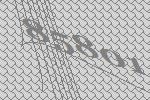
85801